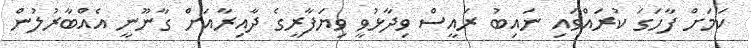
ކަމަށް ފާހަގަ ކުރައްވައި ނައިބު ރައީސް ވިދާޅުވީ ވިޔަފާރީގެ ދާއިރާއަށް ގާނޫނީ އެއްބާރުލުން